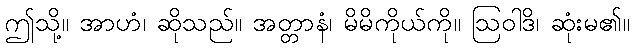
ဤသို့။ အာဟံ၊ ဆိုသည်။ အတ္တာနံ၊ မိမိကိုယ်ကို။ ဩဝါဒိ၊ ဆုံးမ၏။